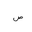
Letter: _sad